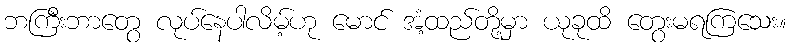
ဘကြီးဘာတွေ လုပ်နေပါလိမ့်ဟု မောင် အံ့ထည်တို့မှာ ယုခုထိ တွေးမရကြသေး။